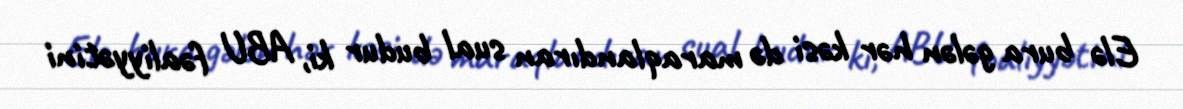
Elə bura gələn hər kəsi də maraqlandıran sual budur ki, ABU fəaliyyətini